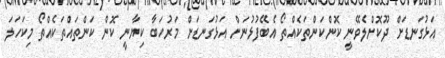
އަޅުގަނޑަށް ދޫކޮށްލެވޭނީ ކޮންކަންތަކެއްތޯ އެބޭފުޅުނަށް އަޅުގަނޑަށް މަރުހަބާ ކިޔާނީ ކޮން ކަންތައްތަކެއްތޯ މިކަހަލަ